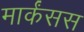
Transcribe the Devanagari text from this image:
मार्कंसस